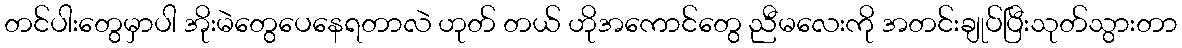
တင်ပါးတွေမှာပါ အိုးမဲတွေပေနေရတာလဲ ဟုတ် တယ် ဟိုအကောင်တွေ ညီမလေးကို အတင်းချုပ်ပြီးသုတ်သွားတာ